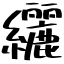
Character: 纚